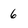
Character: 6